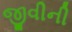
જીવીની